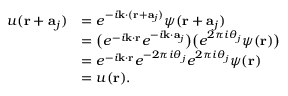
{ \begin{array} { r l } { u ( \mathbf { r } + \mathbf { a } _ { j } ) } & { = e ^ { - i \mathbf { k } \cdot ( \mathbf { r } + \mathbf { a } _ { j } ) } \psi ( \mathbf { r } + \mathbf { a } _ { j } ) } \\ & { = { \big ( } e ^ { - i \mathbf { k } \cdot \mathbf { r } } e ^ { - i \mathbf { k } \cdot \mathbf { a } _ { j } } { \big ) } { \big ( } e ^ { 2 \pi i \theta _ { j } } \psi ( \mathbf { r } ) { \big ) } } \\ & { = e ^ { - i \mathbf { k } \cdot \mathbf { r } } e ^ { - 2 \pi i \theta _ { j } } e ^ { 2 \pi i \theta _ { j } } \psi ( \mathbf { r } ) } \\ & { = u ( \mathbf { r } ) . } \end{array} }